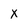
Character: x